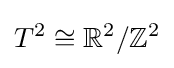
T^{2}\cong \mathbb {R} ^{2}/\mathbb {Z} ^{2}